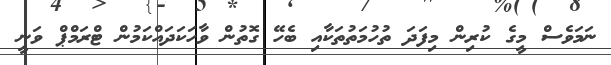
ނަމަވެސް މީގެ ކުރިން މިފަދަ ތުހުމަތުތަކާއި ބެހޭ ގޮތުން ވާހަކަދައްކަމުން ޓްރަމްޕް ވަނީ